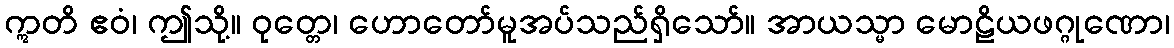
ဣတိ ဧဝံ၊ ဤသို့။ ဝုတ္တေ၊ ဟောတော်မူအပ်သည်ရှိသော်။ အာယသ္မာ မောဠိယဖဂ္ဂုဏော၊